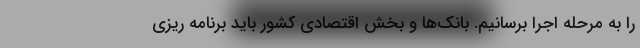
را به مرحله اجرا برسانیم. بانک‌ها و بخش اقتصادی کشور باید برنامه ریزی